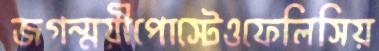
জগন্ময়ীপোস্টেওফেলিসিয়